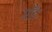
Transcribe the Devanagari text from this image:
गाॅड